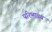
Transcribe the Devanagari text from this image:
परिभावय